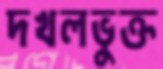
দখলভুক্ত